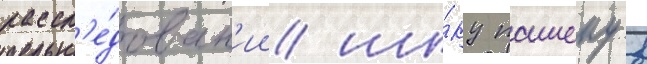
рассл'е́дован'ии ши́ку пашеку в